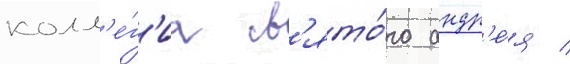
колл'е́г'иа св'ято́го андр'е́я /